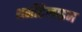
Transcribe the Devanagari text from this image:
थर्मोहेलाइन